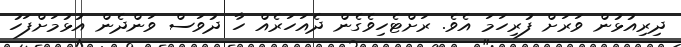
ދިރިއުޅުން ވަރަށް ފުރިހަމަ އެވެ. ރަށްޓެހިވެގެން ދެއަހަރެއް ހާ ދުވަސް ވަންދެން އުޅުމަށްފަހު